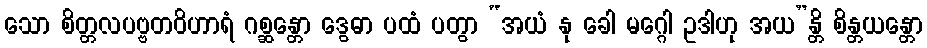
သော စိတ္တလပဗ္ဗတဝိဟာရံ ဂစ္ဆန္တော ဒွေဓာ ပထံ ပတွာ “အယံ နု ခေါ မဂ္ဂေါ ဥဒါဟု အယ”န္တိ စိန္တယန္တော